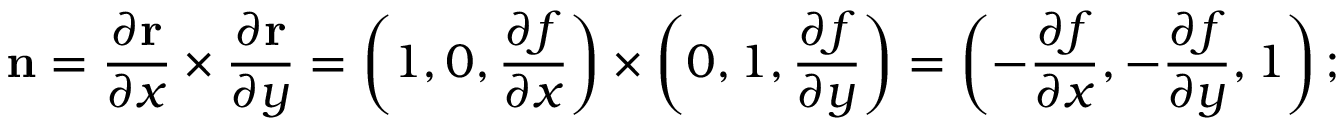
\mathbf { n } = { \frac { \partial \mathbf { r } } { \partial x } } \times { \frac { \partial \mathbf { r } } { \partial y } } = \left( 1 , 0 , { \frac { \partial f } { \partial x } } \right) \times \left( 0 , 1 , { \frac { \partial f } { \partial y } } \right) = \left( - { \frac { \partial f } { \partial x } } , - { \frac { \partial f } { \partial y } } , 1 \right) ;